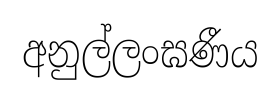
අනුල්ලංඝණීය